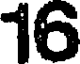
16